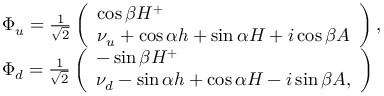
\begin{array} { r l } & { \Phi _ { u } = \frac { 1 } { \sqrt { 2 } } \left( \begin{array} { l } { \cos \beta H ^ { + } } \\ { \nu _ { u } + \cos \alpha h + \sin \alpha H + i \cos \beta A } \end{array} \right) , } \\ & { \Phi _ { d } = \frac { 1 } { \sqrt { 2 } } \left( \begin{array} { l } { - \sin \beta H ^ { + } } \\ { \nu _ { d } - \sin \alpha h + \cos \alpha H - i \sin \beta A , } \end{array} \right) } \end{array}